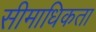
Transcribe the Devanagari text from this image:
सीमाधिकता